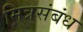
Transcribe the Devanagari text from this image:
मित्रसंबंध